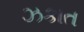
ઝકાત